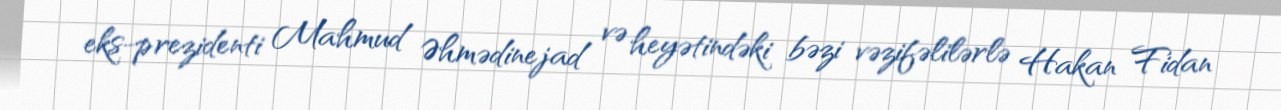
eks-prezidenti Mahmud Əhmədinejad və heyətindəki bəzi vəzifəlilərlə Hakan Fidan